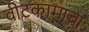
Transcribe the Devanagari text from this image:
वीटकामाचा